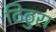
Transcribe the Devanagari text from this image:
ठिठुरा